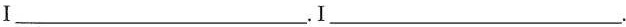
I___.I___.